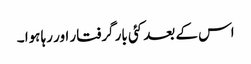
اس کے بعد کئی بار گرفتار اور رہا ہوا ۔